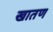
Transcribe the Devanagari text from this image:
खातण